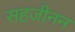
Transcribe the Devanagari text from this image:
सहजीनन